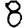
Digit: 8